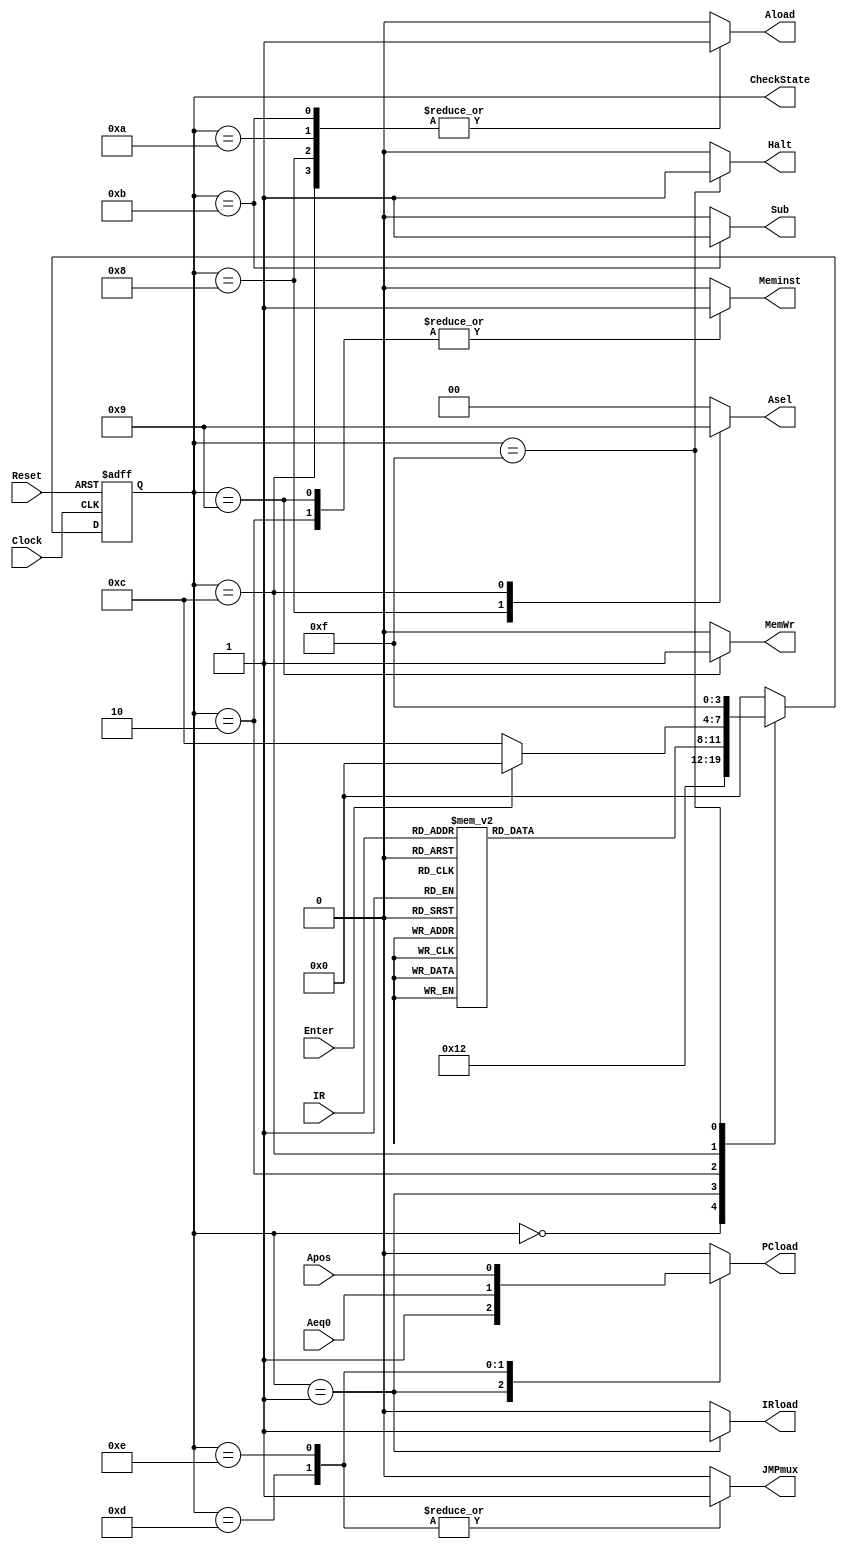
module CU (IRload, JMPmux, PCload, Meminst,
			MemWr, Asel, Aload, Sub, Halt, CheckState,
			Enter, Reset, Clock, IR, Aeq0, Apos);

input Enter, Clock, Reset, Aeq0, Apos;
input [2:0]IR;			
output reg IRload, JMPmux, PCload, Meminst, MemWr, Aload, Sub, Halt;
output reg [1:0]Asel;
output [3:0]CheckState; 
reg [3:0]State, NextState;

assign CheckState = State;

parameter start=4'b0000, fetch=4'b0001, decode=4'b0010, load=4'b1000,
		  store=4'b1001, add=4'b1010, sub=4'b1011, inputs=4'b1100,
		  jz=4'b1101, jpos=4'b1110, halt=4'b1111;
		  

always@(posedge Clock or posedge Reset)
begin
	if(Reset)
		State <= start;
	else
		State <= NextState;
end

always@(State or Enter or IR)
	case(State)
		start	:	NextState = fetch;
		fetch	:	NextState = decode;
		decode	:
					case(IR)
						3'b000	:	NextState = load;
						3'b001	:	NextState = store;
						3'b010	:	NextState = add;
						3'b011	:	NextState = sub;
						3'b100	:	NextState = inputs;
						3'b101	:	NextState = jz;
						3'b110	:	NextState = jpos;
						3'b111	:	NextState = halt;
					default	:	NextState = decode;
					endcase
		load	:	NextState = start;
		store	:	NextState = start;
		add		:	NextState = start;
		sub		:	NextState = start;
		inputs	:	
					if(Enter)
						NextState = start;
					else
						NextState = inputs;
		jz		:	NextState = start;
		jpos	:	NextState = start;
		halt	:	NextState = halt;
	default		:	NextState = start;
	endcase

always@(State or Aeq0 or Apos)
begin
	case(State)
		start	:	begin
						IRload 	=	1'b0;
						JMPmux 	= 	1'b0;
						PCload 	= 	1'b0;
						Meminst = 	1'b0;
						MemWr	=	1'b0;
						Asel	=	2'b00;
						Aload	=	1'b0;
						Sub		=	1'b0;
						Halt	=	1'b0;
					end
					
		fetch	:	begin
						IRload 	=	1'b1;
						JMPmux 	= 	1'b0;
						PCload 	= 	1'b1;
						Meminst = 	1'b0;
						MemWr	=	1'b0;
						Asel	=	2'b00;
						Aload	=	1'b0;
						Sub		=	1'b0;
						Halt	=	1'b0;
					end
					
		decode	:	begin
						IRload 	=	1'b0;
						JMPmux 	= 	1'b0;
						PCload 	= 	1'b0;
						Meminst = 	1'b1;
						MemWr	=	1'b0;
						Asel	=	2'b00;
						Aload	=	1'b0;
						Sub		=	1'b0;
						Halt	=	1'b0;
					end
		
		load	:	begin
						IRload 	=	1'b0;
						JMPmux 	= 	1'b0;
						PCload 	= 	1'b0;
						Meminst = 	1'b0;
						MemWr	=	1'b0;
						Asel	=	2'b10;
						Aload	=	1'b1;
						Sub		=	1'b0;
						Halt	=	1'b0;
					end
					
		store	:	begin
						IRload 	=	1'b0;
						JMPmux 	= 	1'b0;
						PCload 	= 	1'b0;
						Meminst = 	1'b1;
						MemWr	=	1'b1;
						Asel	=	2'b00;
						Aload	=	1'b0;
						Sub		=	1'b0;
						Halt	=	1'b0;
					end
					
		add	:	begin
						IRload 	=	1'b0;
						JMPmux 	= 	1'b0;
						PCload 	= 	1'b0;
						Meminst = 	1'b0;
						MemWr	=	1'b0;
						Asel	=	2'b00;
						Aload	=	1'b1;
						Sub		=	1'b0;
						Halt	=	1'b0;
					end
			
		sub	:	begin
						IRload 	=	1'b0;
						JMPmux 	= 	1'b0;
						PCload 	= 	1'b0;
						Meminst = 	1'b0;
						MemWr	=	1'b0;
						Asel	=	2'b00;
						Aload	=	1'b1;
						Sub		=	1'b1;
						Halt	=	1'b0;
					end
				
		inputs	:	begin
						IRload 	=	1'b0;
						JMPmux 	= 	1'b0;
						PCload 	= 	1'b0;
						Meminst = 	1'b0;
						MemWr	=	1'b0;
						Asel	=	2'b01;
						Aload	=	1'b1;
						Sub		=	1'b0;
						Halt	=	1'b0;
					end
				
		jz	:	begin
						IRload 	=	1'b0;
						JMPmux 	= 	1'b1;
						PCload 	= 	Aeq0;
						Meminst = 	1'b0;
						MemWr	=	1'b0;
						Asel	=	2'b00;
						Aload	=	1'b0;
						Sub		=	1'b0;
						Halt	=	1'b0;
					end
					
		jpos	:	begin
						IRload 	=	1'b0;
						JMPmux 	= 	1'b1;
						PCload 	= 	Apos;
						Meminst = 	1'b0;
						MemWr	=	1'b0;
						Asel	=	2'b00;
						Aload	=	1'b0;
						Sub		=	1'b0;
						Halt	=	1'b0;
					end
					
		halt	:	begin
						IRload 	=	1'b0;
						JMPmux 	= 	1'b0;
						PCload 	= 	1'b0;
						Meminst = 	1'b0;
						MemWr	=	1'b0;
						Asel	=	2'b00;
						Aload	=	1'b0;
						Sub		=	1'b0;
						Halt	=	1'b1;
					end
		
		default	:	
					begin
						IRload 	=	1'b0;
						JMPmux 	= 	1'b0;
						PCload 	= 	1'b0;
						Meminst = 	1'b0;
						MemWr	=	1'b0;
						Asel	=	2'b00;
						Aload	=	1'b0;
						Sub		=	1'b0;
						Halt	=	1'b0;
					end
	endcase
end

endmodule